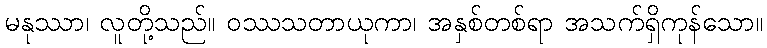
မနုဿာ၊ လူတို့သည်။ ဝဿသတာယုကာ၊ အနှစ်တစ်ရာ အသက်ရှိကုန်သော။